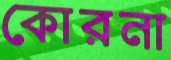
কোরনা